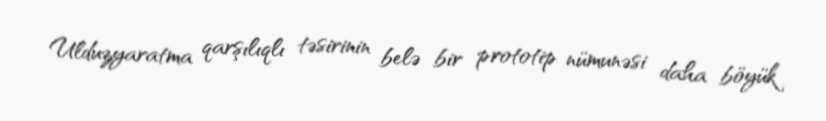
Ulduzyaratma qarşılıqlı təsirinin belə bir prototip nümunəsi daha böyük